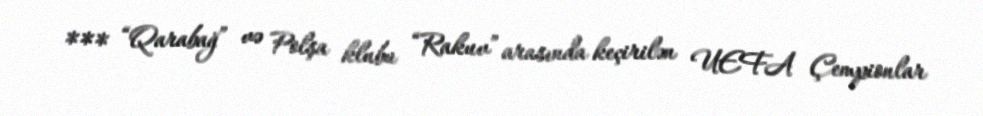
*** “Qarabağ” və Polşa klubu “Rakuv” arasında keçirilən UEFA Çempionlar